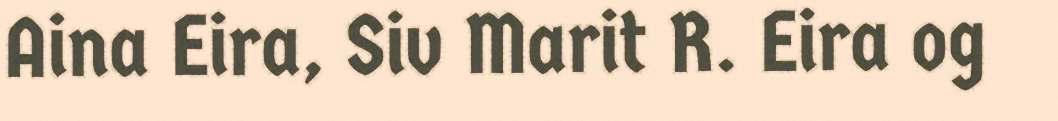
Aina Eira, Siv Marit R. Eira og